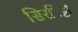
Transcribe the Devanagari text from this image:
सिरगिट्टी